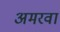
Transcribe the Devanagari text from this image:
अमरवा